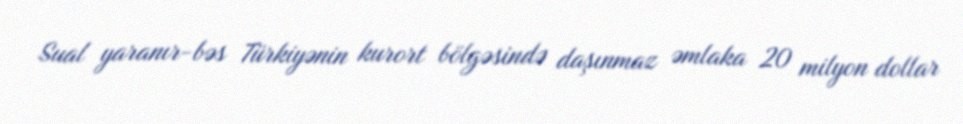
Sual yaranır-bəs Türkiyənin kurort bölgəsində daşınmaz əmlaka 20 milyon dollar